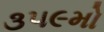
૩૫૯મો